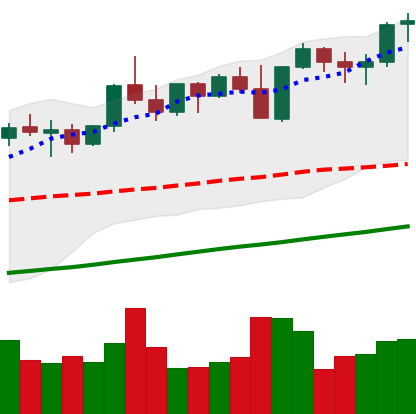
Ticker: ETH-USD
Chart end date: 2021-11-03
Forward return: 4.447%
Label: up_3_5